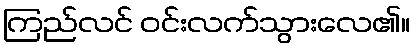
ကြည်လင် ဝင်းလက်သွားလေ၏။